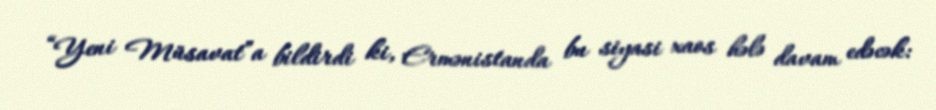
“Yeni Müsavat”a bildirdi ki, Ermənistanda bu siyasi xaos hələ davam edəcək: